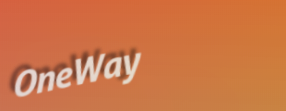
OneWay